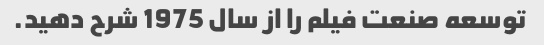
توسعه صنعت فیلم را از سال 1975 شرح دهید.